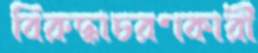
বিরুদ্ধাচরণকারী